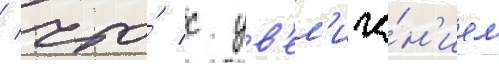
/ что́ с ув'ел'иче́н'ием